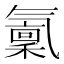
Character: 𣱭